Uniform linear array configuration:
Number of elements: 24
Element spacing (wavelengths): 0.5
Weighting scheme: hamming
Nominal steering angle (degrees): -15
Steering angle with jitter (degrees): -16.505
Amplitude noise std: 0.05
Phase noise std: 0.05

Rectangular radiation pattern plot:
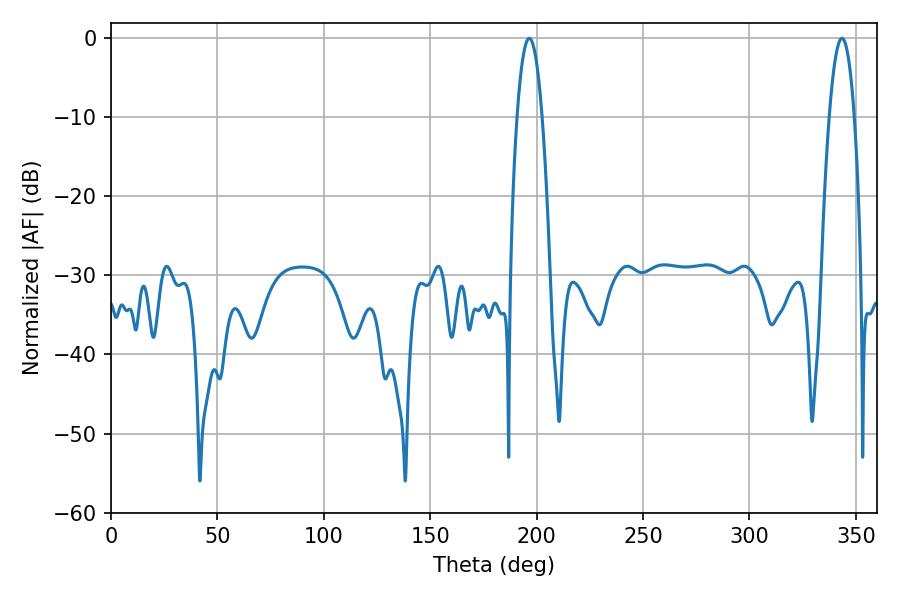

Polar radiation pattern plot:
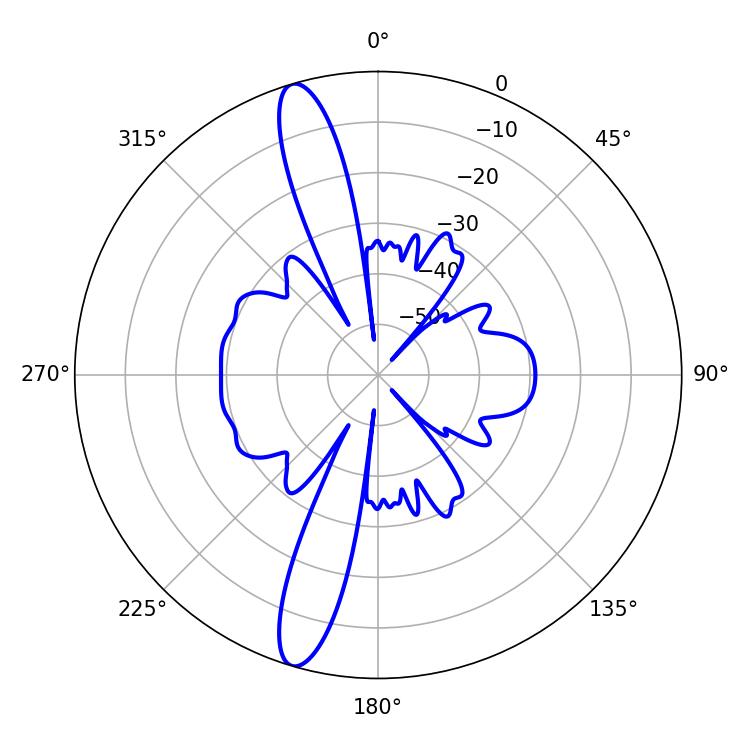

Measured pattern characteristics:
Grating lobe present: FALSE
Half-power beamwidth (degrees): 6.48
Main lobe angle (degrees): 196.56